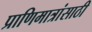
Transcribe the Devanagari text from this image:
प्राणिमात्रांसाठी